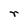
Character: r